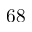
6 8